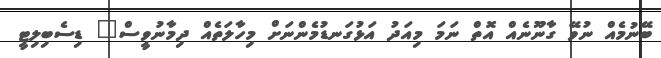
ބޭނުމެއް ނުވޭ ގާނޫނެއް އޮތް ނަމަ މިއަދު އަޅުގަނޑުމެންނަށް މިހާލަތެއް ދިމާނުވީސް" ޑިސެބިލިޓީ